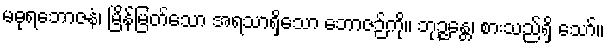
မဓုရဘောဇနံ၊ မြိန်မြတ်သော အရသာရှိသော ဘောဇဉ်ကို။ ဘုဉ္ဇန္တေ၊ စားသည်ရှိ သော်။